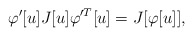
\begin{align*}\varphi'[u] J[u] \varphi'^T[u] = J[\varphi[u]], \end{align*}